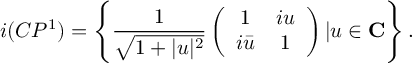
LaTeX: i ( C P ^ { 1 } ) = \left\{ \frac { 1 } { \sqrt { 1 + | u | ^ { 2 } } } \left( \begin{array} { c c } { { 1 } } & { { i u } } \\ { { i \bar { u } } } & { { 1 } } \end{array} \right) | u \in \bf C \right\} .